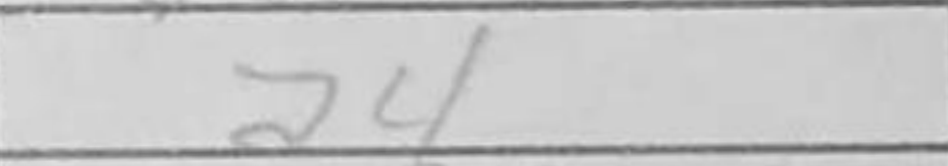
Transcription: a4